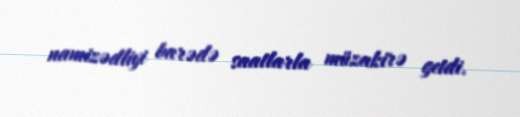
namizədliyi barədə saatlarla müzakirə getdi.